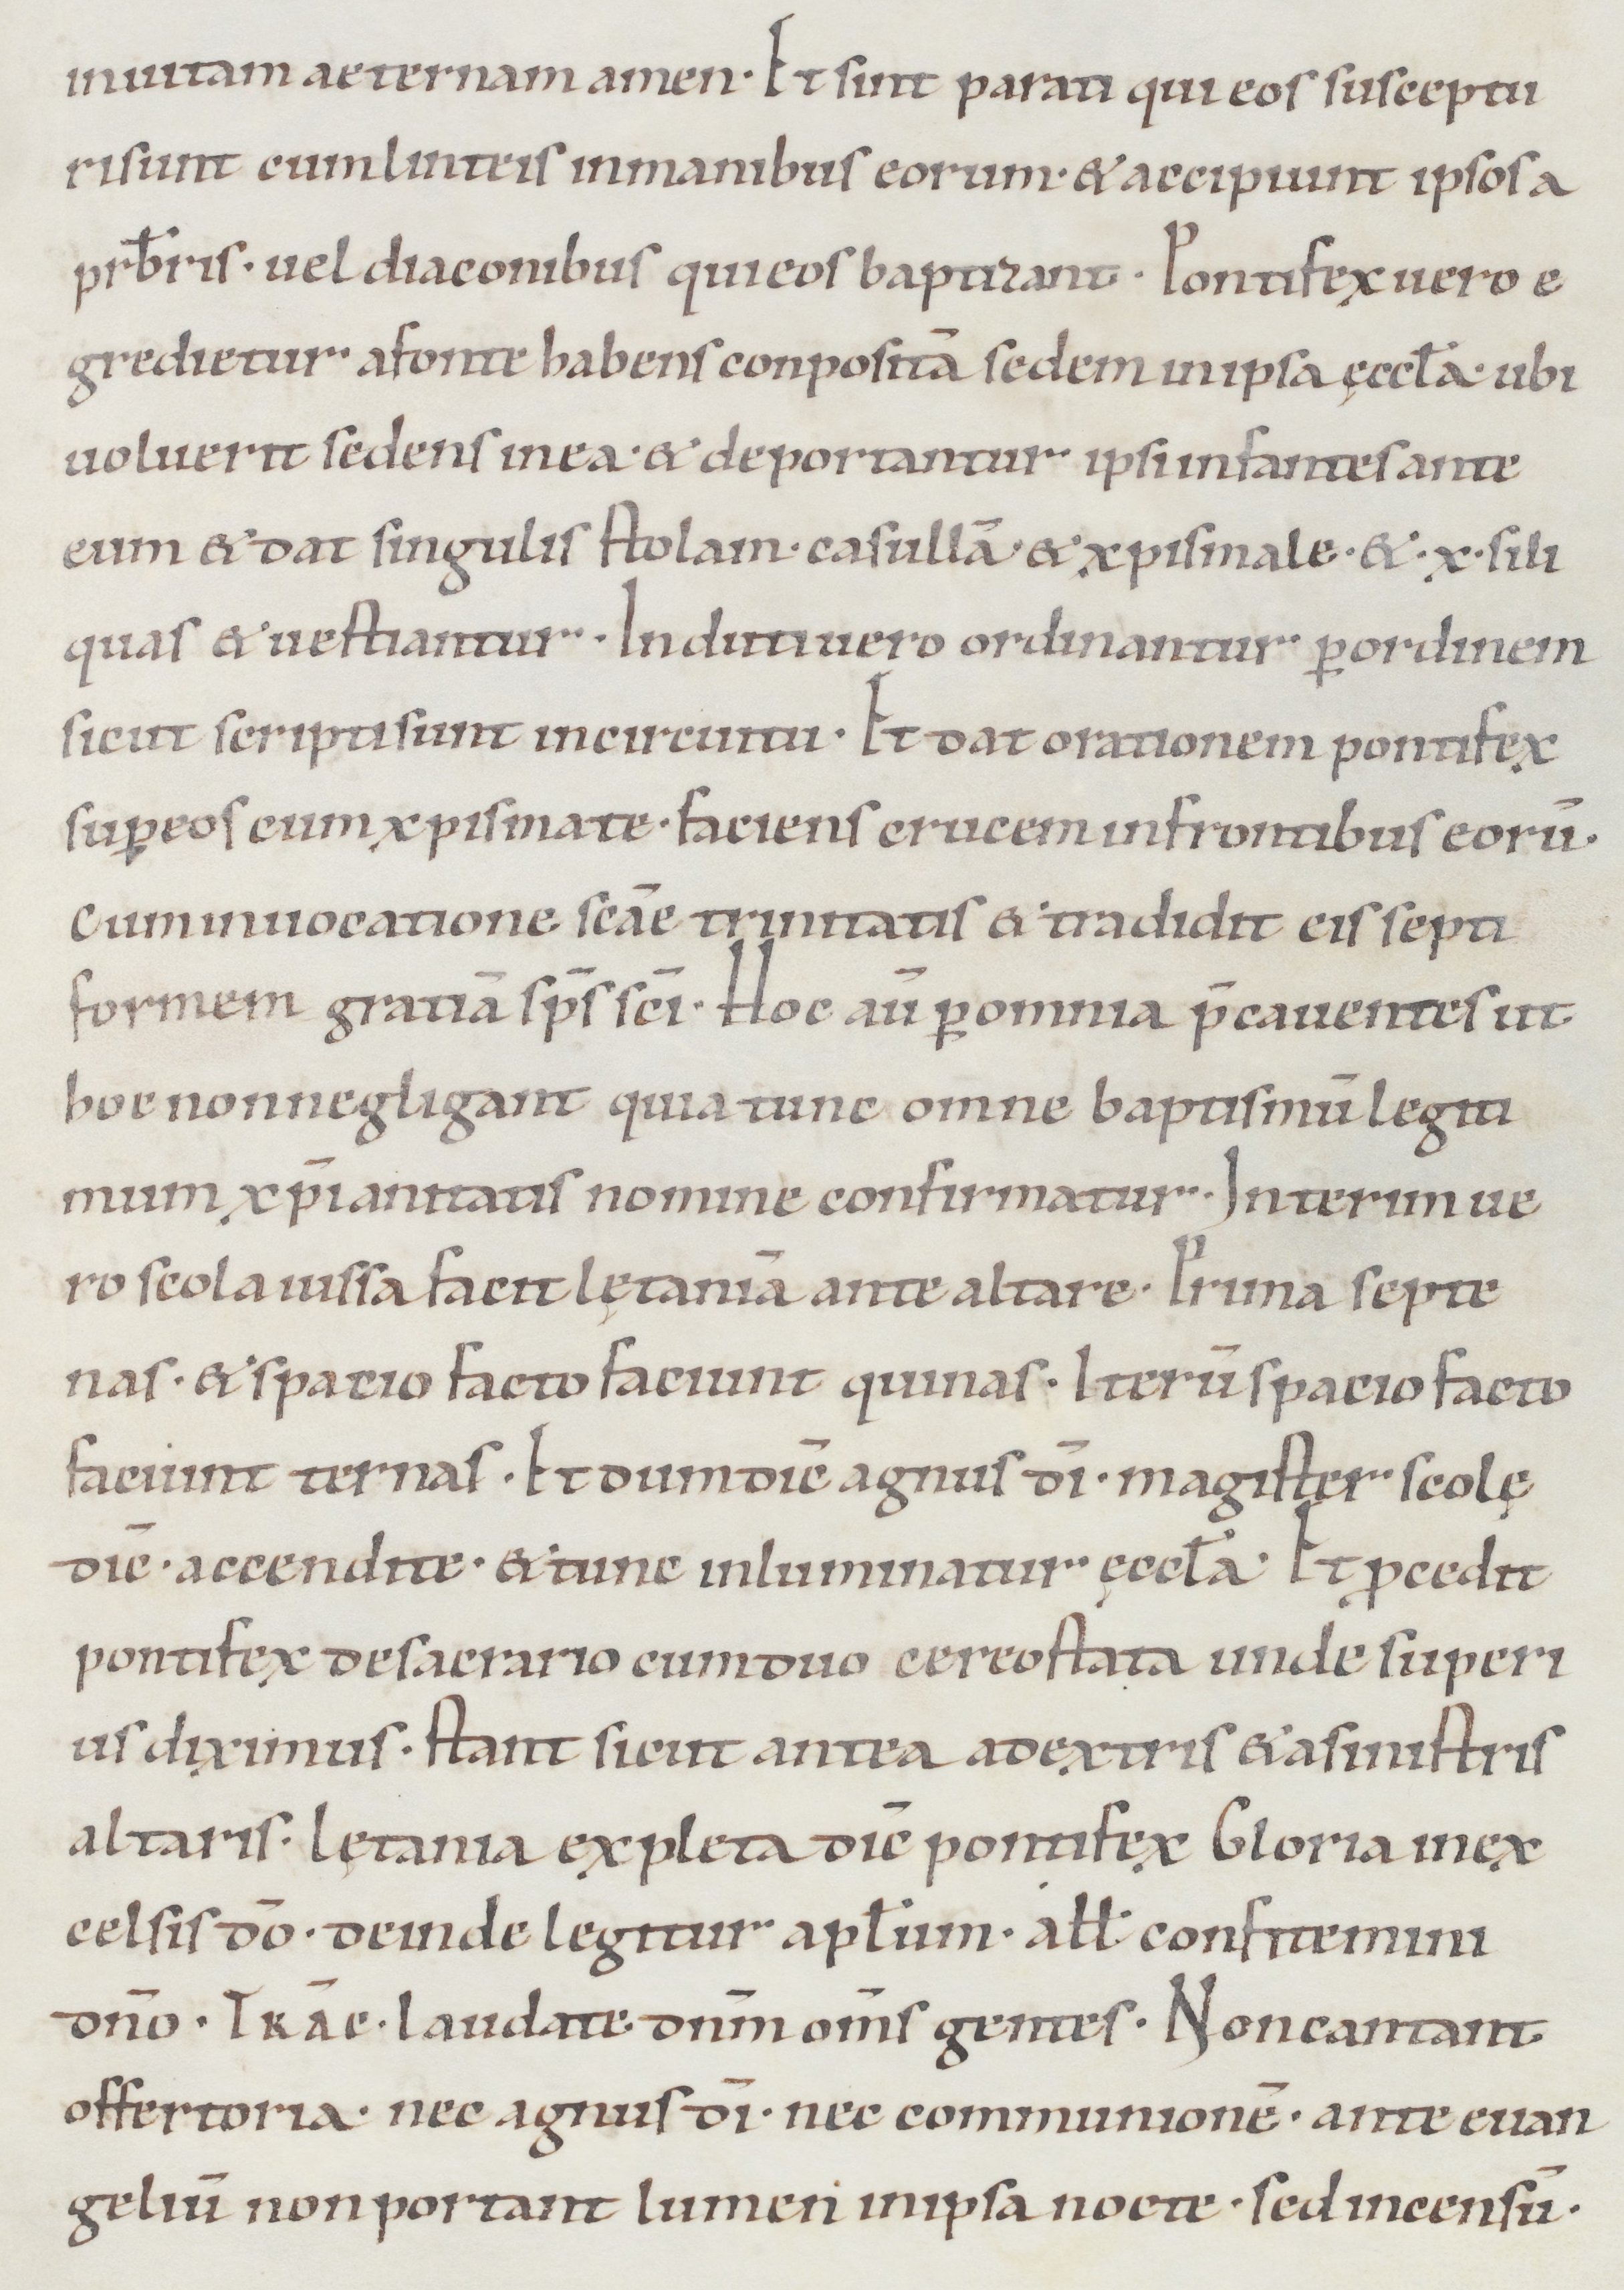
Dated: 1050–1099